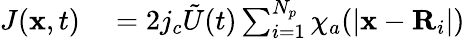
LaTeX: \begin{array}{rl}{J(\mathbf{x},t)}&{{}=2j_{c}\tilde{U}(t)\sum_{i=1}^{N_{p}}\chi_{a}(\lvert\mathbf{x}-\mathbf{R}_{i}\rvert)}\end{array}